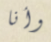
وأنا